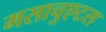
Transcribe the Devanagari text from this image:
मसाचुएटस